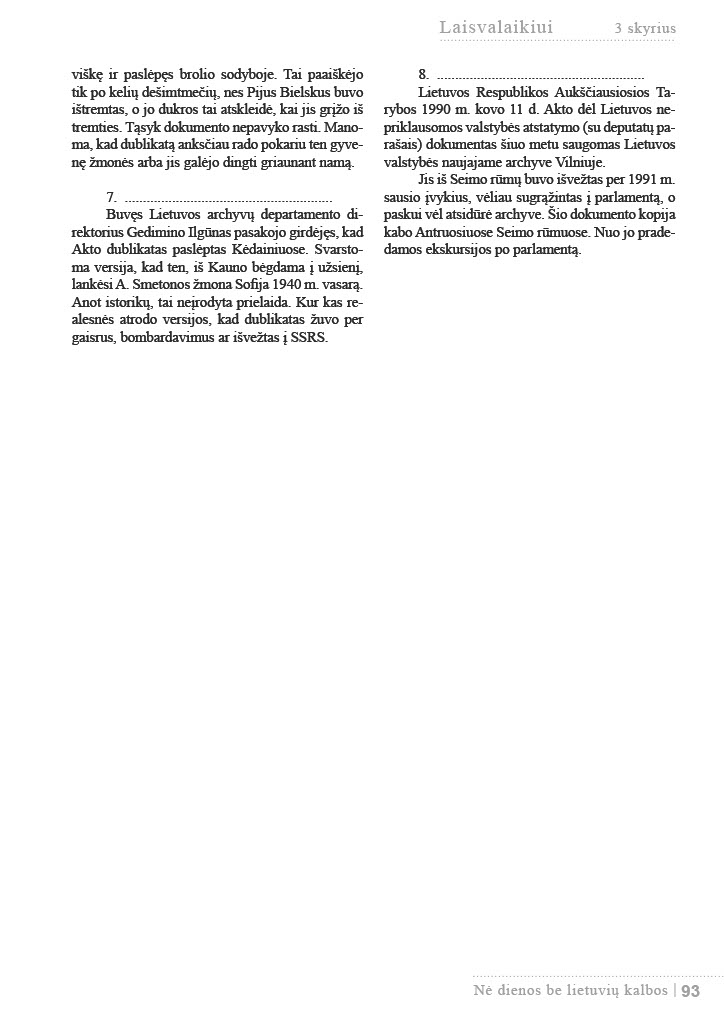
Language: lt